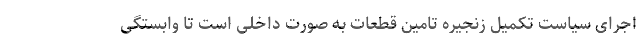
اجرای سیاست تکمیل زنجیره تامین قطعات به صورت داخلی است تا وابستگی